Vaccine operations Central Provinces 1868-1885 - 1868-1885
Year: 1868
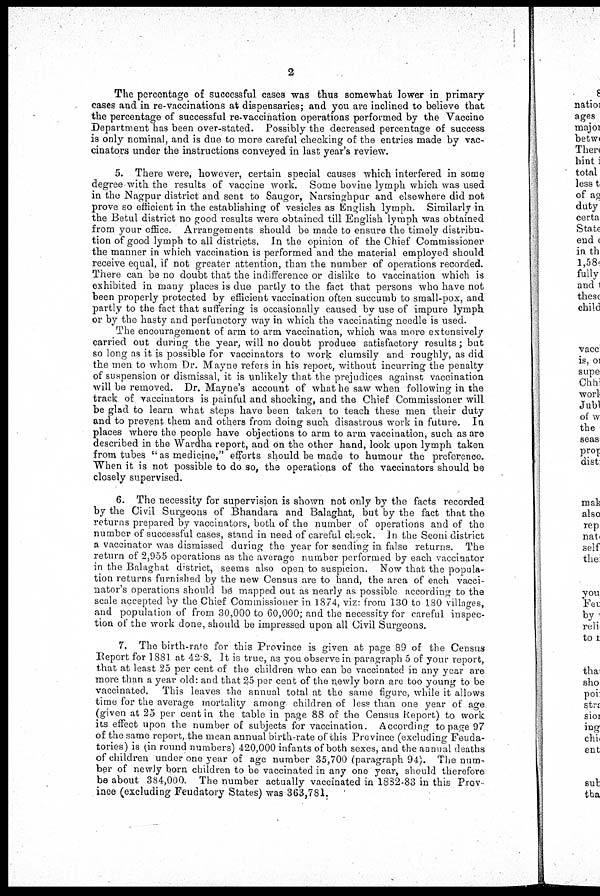
2
The percentage of successful cases was thus somewhat lower in primary
cases and in re-vaccinations at dispensaries; and you are inclined to believe that
the percentage of successful re-vaccination operations performed by the Vaccine
Department has been over-stated. Possibly the decreased percentage of success
is only nominal, and is due to more careful checking of the entries made by vac-
cinators under the instructions conveyed in last year's review.
5. There were, however, certain special causes which interfered in some
degree with the results of vaccine work. Some bovine lymph which was used
in the Nagpur district and sent to Saugor, Narsinghpur and elsewhere did not
prove so efficient in the establishing of vesicles as English lymph. Similarly in
the Betul district no good results were obtained till English lymph was obtained
from your office. Arrangements should be made to ensure the timely distribu-
tion of good lymph to all districts. In the opinion of the Chief Commissioner
the manner in which vaccination is performed and the material employed should
receive equal, if not greater attention, than the number of operations recorded.
There can be no doubt that the indifference or dislike to vaccination which is
exhibited in many places is due partly to the fact that persons who have not
been properly protected by efficient vaccination often succumb to small-pox, and
partly to the fact that suffering is occasionally caused by use of impure lymph
or by the hasty and perfunctory way in which the vaccinating needle is used.
The encouragement of arm to arm vaccination, which was more extensively
carried out during the year, will no doubt produce satisfactory results; but
so long as it is possible for vaccinators to work clumsily and roughly, as did
the men to whom Dr. Mayne refers in his report, without incurring the penalty
of suspension or dismissal, it is unlikely that the prejudices against vaccination
will be removed. Dr. Mayne's account of what he saw when following in the
track of vaccinators is painful and shocking, and the Chief Commissioner will
be glad to learn what steps have been taken to teach these men their duty
and to prevent them and others from doing such disastrous work in future. In
places where the people have objections to arm to arm vaccination, such as are
described in the Wardha report, and on the other hand, look upon lymph taken
from tubes " as medicine," efforts should be made to humour the preference.
When it is not possible to do so, the operations of the vaccinators should be
closely supervised.
6. The necessity for supervision is shown not only by the facts recorded
by the Civil Surgeons of Bhandara and Balaghat, but by the fact that the
returns prepared by vaccinators, both of the number of operations and of the
number of successful cases, stand in need of careful check. In the Seoni district
a vaccinator was dismissed during the year for sending in false returns. The
return of 2,955 operations as the average number performed by each vaccinator
in the Balaghat district, seems also open to suspicion. Now that the popula-
tion returns furnished by the new Census are to hand, the area of each vacci-
nator's operations should be mapped out as nearly as possible according to the
scale accepted by the Chief Commissioner in 1874, viz: from 130 to 180 villages,
and population of from 30,000 to 60,000; and the necessity for careful inspec-
tion of the work done, should be impressed upon all Civil Surgeons.
7. The birth-rate for this Province is given at page 89 of the Census
Report for 1881 at 42.8. It is true, as you observe in paragraph 5 of your report,
that at least 25 per cent of the children who can be vaccinated in any year are
more than a year old: and that 25 per cent of the newly born are too young to be
vaccinated. This leaves the annual total at the same figure, while it allows
time for the average mortality among children of less than one year of age
(given at 25 per cent in the table in page 88 of the Census Report) to work
its effect upon the number of subjects for vaccination. According to page 97
of the same report, the mean annual birth-rate of this Province (excluding Feuda-
tories) is (in round numbers) 420,000 infants of both sexes, and the annual deaths
of children under one year of age number 35,700 (paragraph 94). The num-
ber of newly born children to be vaccinated in any one year, should therefore
be about 384,000. The number actually vaccinated in 1832-83 in this Prov-
ince (excluding Feudatory States) was 363,781.